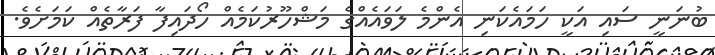
ބުނަނީ ސައި އަކީ ހަމައެކަނި އެންމެ ލަވައެއްގެ މަޝްހޫރުކަމެއް ހޯދައިފާ ފަރާތެއް ކަމަށެވެ.